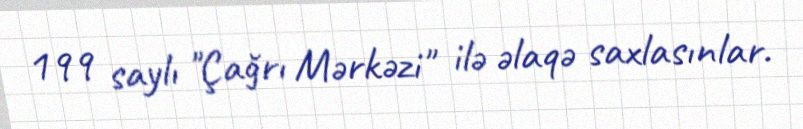
199 saylı "Çağrı Mərkəzi" ilə əlaqə saxlasınlar.